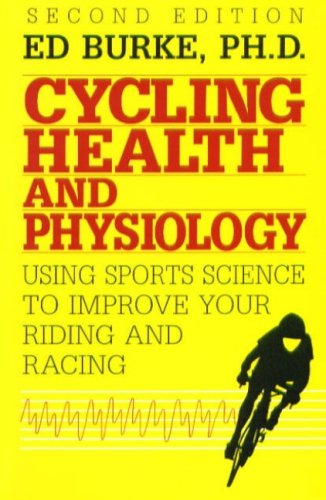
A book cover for Cycling Health and Physiology: Using Sports Science To Improve Your Riding and Racing; Ed R. Burke; Sports & Outdoors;